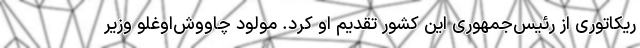
ریکاتوری از رئیس‌جمهوری این کشور تقدیم او کرد. مولود چاووش‌اوغلو وزیر